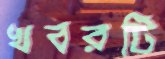
খবরটি